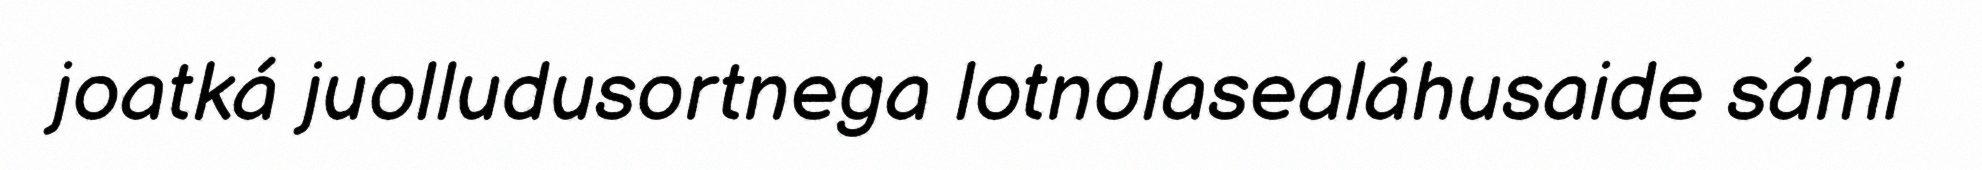
joatká juolludusortnega lotnolasealáhusaide sámi